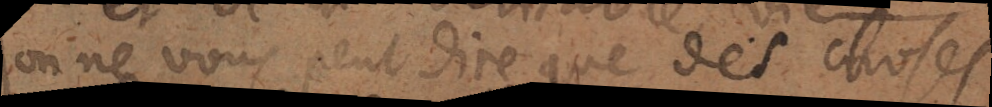
On ne vous peut dire que des choses